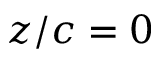
z / c = 0